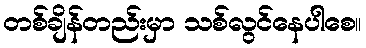
တစ်ချိန်တည်းမှာ သစ်လွင်နေပါစေ။